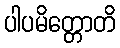
ပါပမိတ္တောတိ